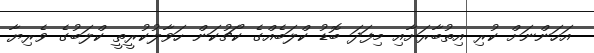
އަހަންނަށް ކުރި އިތުބާރަށާއި މިފަދަ ބޮޑު ކްލަބެއްގެ ކޯޗުކަން ހަވާލުކުރީތީ ކްލަބުގެ ވެރިޔާ